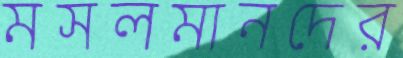
মসলমানদের